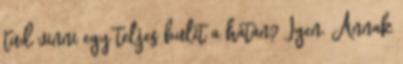
tud vinni egy teljes bulit a hátán? Igen. Annak